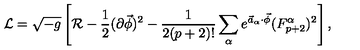
{ \cal L } = \sqrt { - g } \left[ { \cal R } - { \frac { 1 } { 2 } } ( \partial \vec { \phi } ) ^ { 2 } - { \frac { 1 } { 2 ( p + 2 ) ! } } \sum _ { \alpha } e ^ { \vec { a } _ { \alpha } \cdot \vec { \phi } } ( F _ { p + 2 } ^ { \alpha } ) ^ { 2 } \right] ,